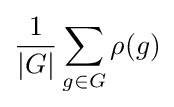
{\frac {1}{|G|}}\sum _{g\in G}\rho (g)